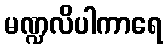
မဏ္ဍလိပါကာရေ